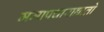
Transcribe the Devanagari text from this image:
ममापचाराद्यातो